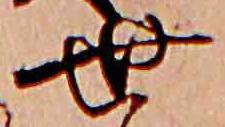
世